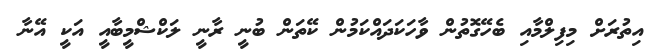
އިތުރަށް މިފިލްމާއި ބެހޭގޮތުން ވާހަކަދައްކަމުން ކޭތަން ބުނީ ރާނީ ލަކްޝްމީބާއީ އަކީ އޭނާ